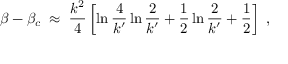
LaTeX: \beta - \beta _ { c } \; \approx \; { \frac { k ^ { 2 } } { 4 } } \left[ \ln { \frac { 4 } { k ^ { \prime } } } \ln { \frac { 2 } { k ^ { \prime } } } + { \frac { 1 } { 2 } } \ln { \frac { 2 } { k ^ { \prime } } } + { \frac { 1 } { 2 } } \right] \; ,